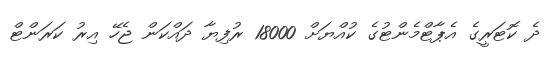
ދެ ކޮޓަރީގެ އެޕާޓްމެންޓުގެ ކުއްޔަށް 18000 ރުފިޔާ ދައްކަން ޖެހޭ އިރު ކަރަންޓް